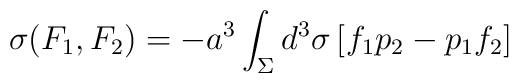
\sigma(F_1,F_2) = -a^3 \int_\Sigma d^3\sigma\, [f_1p_2-p_1f_2]